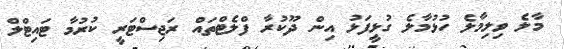
މާލެ ވިލިމާލެ ހުޅުމާލެ ގުޅީފަޅު އިން ދޫކުރާ ފްލެޓްތައް ރަޖިސްޓަރީ ކުރުމާ ޓައިޓްލް